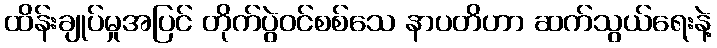
ထိန်းချုပ်မှုအပြင် တိုက်ပွဲဝင်စစ်သေ နာပတိဟာ ဆက်သွယ်ရေးနဲ့